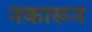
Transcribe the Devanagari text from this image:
नकारून